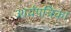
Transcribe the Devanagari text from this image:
आर्यपत्रिका